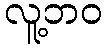
လူ့ဘဝ